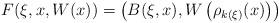
LaTeX: \begin{align*}F ( \xi , x , W ( x ) ) = \left( B (\xi, x ) , W \left( \rho _{k(\xi)} (x) \right) \right)\end{align*}